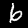
Label: 6